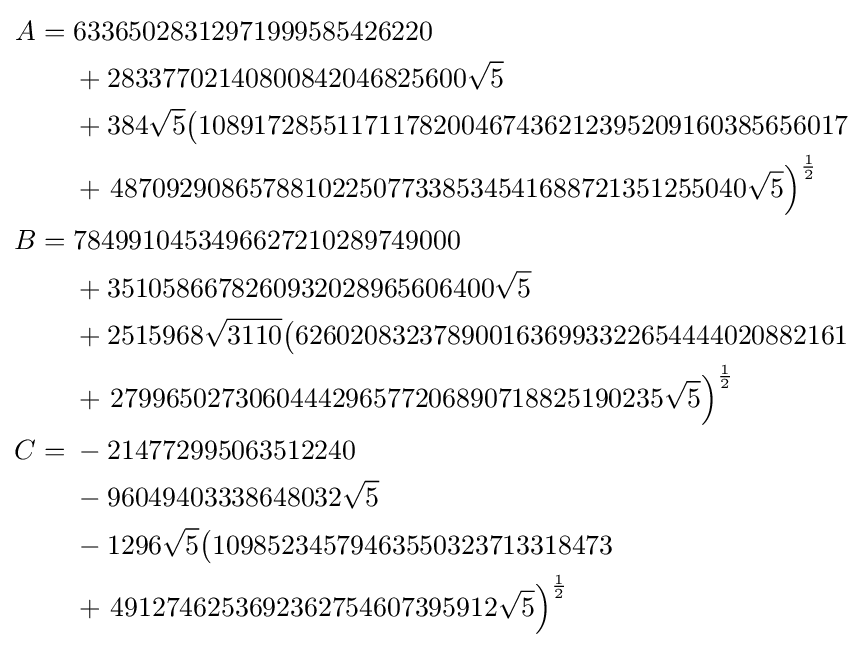
{\begin{aligned}A={}&63365028312971999585426220\\&{}+28337702140800842046825600{\sqrt {5}}\\&{}+384{\sqrt {5}}{\big (}10891728551171178200467436212395209160385656017\\&{}+\left.4870929086578810225077338534541688721351255040{\sqrt {5}}\right)^{\frac {1}{2}}\\B={}&7849910453496627210289749000\\&{}+3510586678260932028965606400{\sqrt {5}}\\&{}+2515968{\sqrt {3110}}{\big (}6260208323789001636993322654444020882161\\&{}+\left.2799650273060444296577206890718825190235{\sqrt {5}}\right)^{\frac {1}{2}}\\C={}&-214772995063512240\\&{}-96049403338648032{\sqrt {5}}\\&{}-1296{\sqrt {5}}{\big (}10985234579463550323713318473\\&{}+\left.4912746253692362754607395912{\sqrt {5}}\right)^{\frac {1}{2}}\end{aligned}}